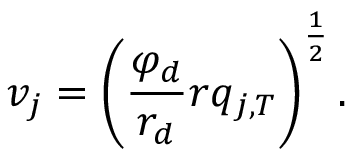
v _ { j } = \left( \frac { \varphi _ { d } } { r _ { d } } r q _ { j , T } \right) ^ { \frac 1 2 } .